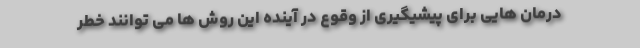
درمان هایی برای پیشیگیری از وقوع در آینده این روش ها می توانند خطر